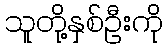
သူတို့နှစ်ဦးကို